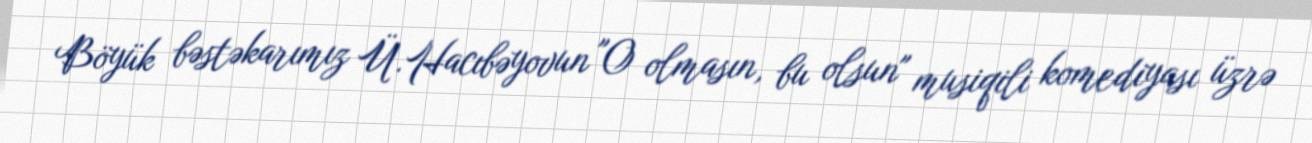
Böyük bəstəkarımız Ü.Hacıbəyovun "O olmasın, bu olsun" musiqili komediyası üzrə